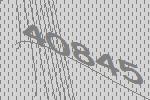
40845